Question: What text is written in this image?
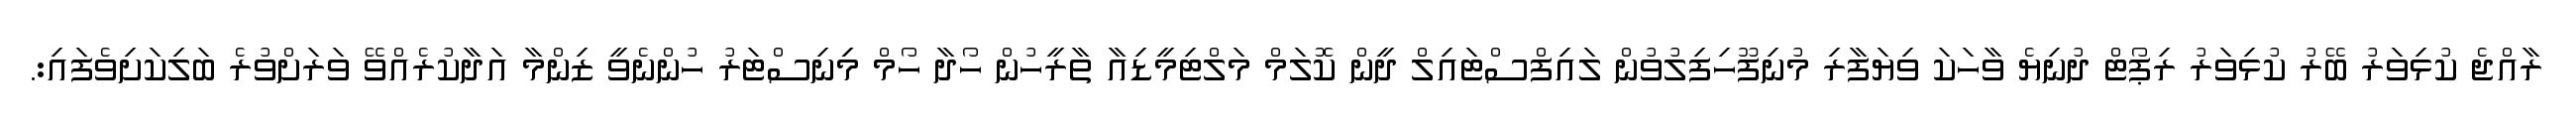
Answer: ރާއްޖެ ކުޅިވަރު ބޭރު ކުޅިވަރު ރިޕޯޓް ދުނިޔެ ވާހަކަ ވިޔަފާރި މުނިފޫހިފިލުވުން ލައިފްސްޓައިލް ދީން ކޮލަމް މަލްޓިމީޑިއާ ތާރީހުން ހޯދާ ހޯމް މިިނިސްޓަރު ހުންނެވީ ޒިންމާ އަދާކުރެއްވޭ ވަރަށްވުރެ ބަލިކަށިވެފައި:.